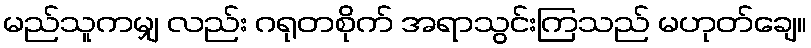
မည်သူကမျှ လည်း ဂရုတစိုက် အရာသွင်းကြသည် မဟုတ်ချေ။